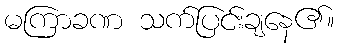
မကြာခဏ သက်ပြင်းချနေ၏။